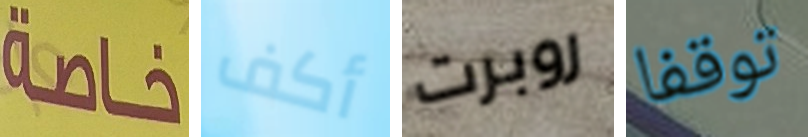
خاصة أكف روبرت توقفا